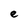
Character: e